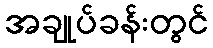
အချုပ်ခန်းတွင်